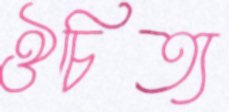
ঔচিত্য